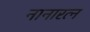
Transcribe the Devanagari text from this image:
नानारत्न